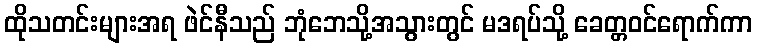
ထိုသတင်းများအရ ဖဲင်နီသည် ဘုံဘေသို့အသွားတွင် မဒရပ်သို့ ခေတ္တဝင်ရောက်ကာ